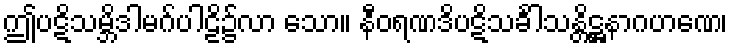
ဤပဋိသမ္ဘိဒါမဂ်ပါဠိ၌လာ သော။ နီဝရဏဒိပဋိသင်္ခါသန္တိဋ္ဌနာဂဟဏေ၊